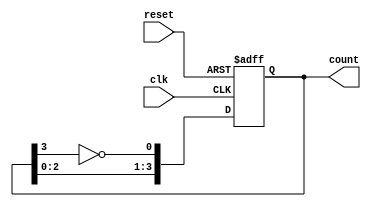
module johnson_counter #(
    parameter N = 4 // Number of flip-flops
) (
    input wire clk,         // Clock input
    input wire reset,       // Asynchronous reset input
    output reg [N-1:0] count // Output count state
);

    // Always block triggered on the rising edge of the clock or when reset is active
    always @(posedge clk or posedge reset) begin
        if (reset) begin
            count <= 0; // Reset state to '000...0'
        end else begin
            count <= {count[N-2:0], ~count[N-1]}; // Shift and feed back inverted last flip-flop output
        end
    end

endmodule